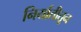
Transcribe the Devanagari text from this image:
निर्यातीतून